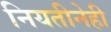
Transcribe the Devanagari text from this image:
नियतीनेही